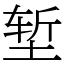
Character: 堑